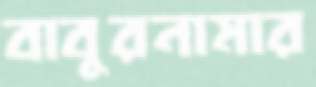
বাবুরনামার